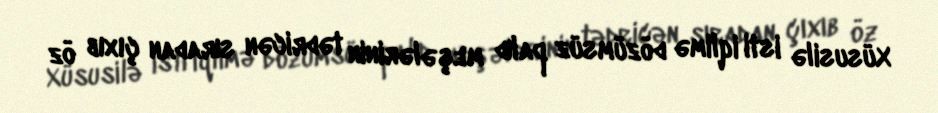
Xüsusilə isti iqlimə dözümsüz palıd meşələrinin tədricən sıradan çıxıb öz